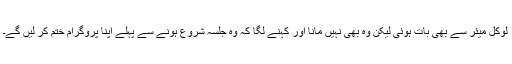
لوکل میئر سے بھی بات ہوئی لیکن وہ بھی نہیں مانا اور کہنے لگا کہ وہ جلسہ شروع ہونے سے پہلے اپنا پروگرام ختم کر لیں گے۔